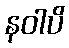
နဝါပိ